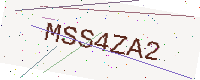
Text: MSS4ZA2